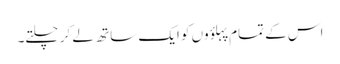
اس کے تمام پہلؤوں کو ایک ساتھ لے کر چلتے۔